Report on sanitation, dispensaries, and jails in Rajputana for 1910, and on vaccination for the year 1910-1911 - 1910-1911
Year: 1910
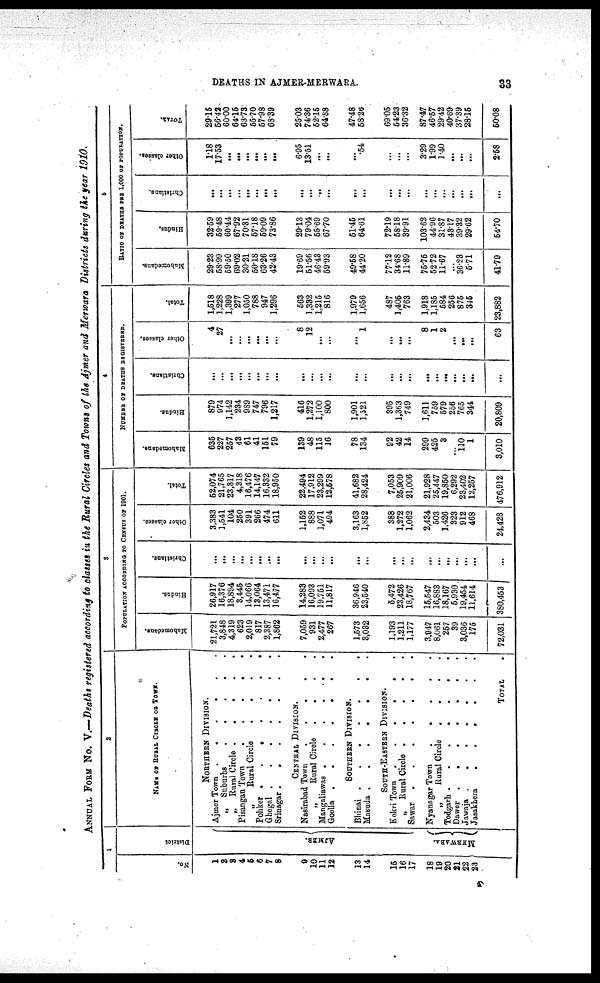
DEATHS IN AJMER-MERWARA.
33
ANNUAL FORM No. V.—Deaths registered according to classes in the Rural Circles and Towns of the Ajmer and Merwara Districts during the year 1910.
1
No.
1
2
3
4
5
6
7
8
9
10
11
12
13
14
15
16
17
18
19
20
21
22
23
District
A J M E R
MERWARA
2
NAME OF RURAL CIRCLE ON TOWN.
NORTHERN DIVISION.
Ajmer Town
.
.
.
„ Suburbs
.
.
.
.
.
„ Rural Circle
Pisangan Town
.
.
.
.
.
„Rural Circle
.
.
.
.
Pohker .
.
.
.
.
.
Ghegal
Srinagar
.......
CENTRAL DIVISION.
Nasirabad Town
.
.
.
.
.
„
Rural Circle
.
.
.
.
Mangaliawas
Goella
SOUTHERN DIVISION.
Bhinai
Masuda
SOUTH-EASTERN DIVISION.
Kokri Town
......
„ Rural Circle
.
Sawar
Nyanagar Town
„
Rural Circle
.
.
.
.
Todgarh
.
.
Dawer
.......
Jawaja
.......
Jasakhera
......
TOTAL
3
POPULATION ACCORDING TO CENSUS OF 1901.
Mahomedans.
21,721
3,848
4,319
623
2,019
817
2,387
1,862
7,059
931
2,477
267
1,573
3,032
1,193
1,211
1,177
3,947
8,061
257
39
3,036
175
72,031
Hindus.
26,917
16,376
18,894
3,445
14,066
13,064
13,471
16,477
14,283
16,093
19,751
11,817
36,946
23,540
5,472
23,426
Christians.
...
. ..
...
. ..
...
...
...
...
...
. ..
...
...
...
...
...
. ..
18,767
15,547
16,883
18,167
5,930
19,454
11,614
380,453
...
....
...
...
Other classes.
3,383
1,541
104
250
391
266
474
611
1,152
888
1,071
494
3,163
1,852
388
1,272
1,062
2,434
503
1.426
323
912
468
24,428
Total.
52,074
21,765
23,317
4,318
16,476
14,147
16,332
18,950
22,494
17,912
23,299
12,578
41,682
28,424
7,053
25,909
21,006
21,928
25,447
19,850
6,292
23,402
12,257
476,912
4
NUMBER OF DEATHS REGISTERED.
Mahomedans.
635
227
257
43
61
41
151
79
139
48
115
16
78
134
92
42
14
299
425
3
110
1
3,010
Hindus.
879
974
1,142
234
989
747
796
1,217
416
1,272
1,100
800
1,901
1,521
395
1,363
749
1,611
759
579
256
765
344
20,809
Christians.
...
...
...
...
„,
...
...
...
...
. ..
. ..
...
...
...
...
...
...
...
...
...
...
...
Other classes.
4
27
...
...
...
...
...
...
8
12
. ..
...
...
1
...
...
...
8
1
2
...
...
...
63
Total.
1,518
1,228
1,399
277
1,050
788
947
1,296
563
1,332
1,215
816
1,979
1,656
487
1,406
763
1,918
1,185
584
256
875
345
23,882
5
RATIO OF DEATHS PER 1,000 OF POPULATION.
Mahomedans.
29.23
58.99
59.50
69.02
30.21
50.18
63.26
42.43
19.69
51.56
46.43
59.93
49.68
44.20
77.12
34.68
11.89
75.75
52.72
11.67
...
36.23
5.71
41.79
Hindus.
32.59
59.48
60.44
67.92
70.31
57.18
59.09
73.86
29.13
79.04
55.69
67.70
51.45
64.61
72.19
58.18
39.91
103.62
44.96
31.87
43.17
39.32
29.62
54.70
Christians.
...
...
...
...
...
...
...
...
...
...
...
...
...
. ..
...
...
...
...
...
...
...
...
Other classes.
1.18
17.53
...
...
...
...
...
...
6.95
13.51
...
...
...
.54
...
...
...
3.29
1.99
1.40
...
...
...
2.58
TOTAL.
29.15
56.42
60.00
64.15
63.73
55.70
57.98
68.39
25.03
74.36
52.15
64.88
47.48
58.26
69.05
54.23
36.32
87.47
46.57
29.42
40.69
37.39
28.15
50.08